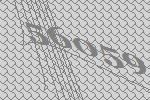
56059